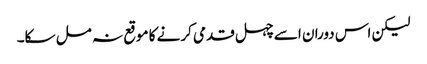
لیکن اس دوران اسے چہل قدمی کرنے کا موقع نہ مل سکا۔